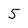
Character: 5